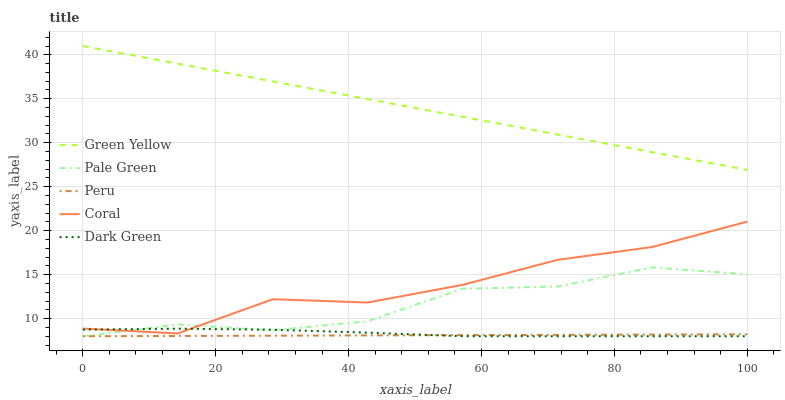
| xaxis_label | Green Yellow | Pale Green | Peru | Coral | Dark Green |
 | --- | --- | --- | --- | --- | --- |
 | 0 | 41 | 8 | 8 | 8.87 | 8.76 |
 | 14.3 | 39 | 9.34 | 8.03 | 8.32 | 8.86 |
 | 28.6 | 37 | 8.67 | 8.06 | 12.2 | 8.74 |
 | 42.9 | 35 | 9.71 | 8.1 | 11.8 | 8.41 |
 | 57.1 | 32.9 | 13.4 | 8.13 | 13.8 | 8 |
 | 71.4 | 30.9 | 13.7 | 8.16 | 16.7 | 8 |
 | 85.7 | 28.9 | 15.8 | 8.19 | 18.2 | 8 |
 | 100 | 26.9 | 15 | 8.22 | 21 | 8 |